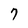
Character: 7